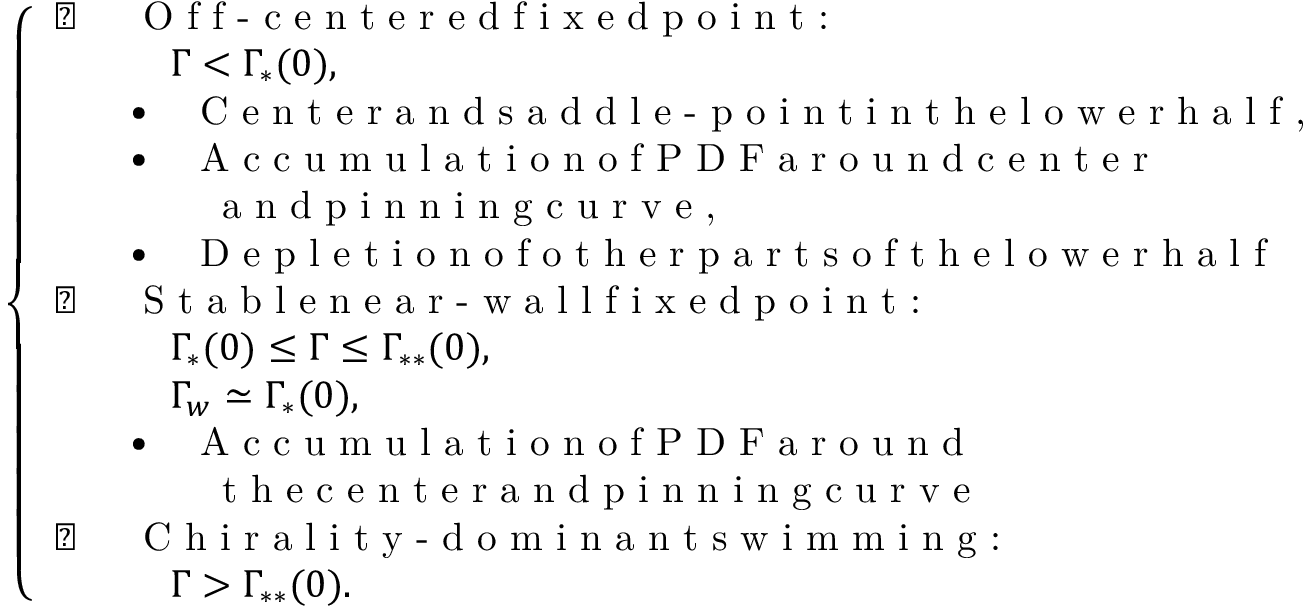
\begin{array} { r } { \left\{ \begin{array} { l l } { \triangleright \, \, } & { \textrm { O f f - c e n t e r e d f i x e d p o i n t : } } \\ & { \quad \Gamma < \Gamma _ { \ast } ( 0 ) , } \\ & { \bullet \quad \textrm { C e n t e r a n d s a d d l e - p o i n t i n t h e l o w e r h a l f , } } \\ & { \bullet \quad \textrm { A c c u m u l a t i o n o f P D F a r o u n d c e n t e r } } \\ & { \quad \quad \textrm { a n d p i n n i n g c u r v e , } } \\ & { \bullet \quad \textrm { D e p l e t i o n o f o t h e r p a r t s o f t h e l o w e r h a l f } } \\ { \triangleright \, \, } & { \textrm { S t a b l e n e a r - w a l l f i x e d p o i n t : } } \\ & { \quad \Gamma _ { \ast } ( 0 ) \leq \Gamma \leq \Gamma _ { \ast \ast } ( 0 ) , } \\ & { \quad \Gamma _ { w } \simeq \Gamma _ { \ast } ( 0 ) , } \\ & { \bullet \quad \textrm { A c c u m u l a t i o n o f P D F a r o u n d } } \\ & { \quad \quad \textrm { t h e c e n t e r a n d p i n n i n g c u r v e } } \\ { \triangleright \, \, } & { \textrm { C h i r a l i t y - d o m i n a n t s w i m m i n g : } } \\ & { \quad \Gamma > \Gamma _ { \ast \ast } ( 0 ) . } \end{array} \right. } \end{array}